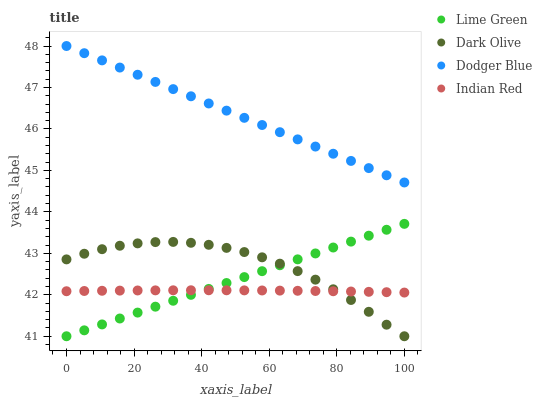
| xaxis_label | Lime Green | Dark Olive | Dodger Blue | Indian Red |
 | --- | --- | --- | --- | --- |
 | 0 | 41 | 42.9 | 48 | 42.1 |
 | 5.26 | 41.1 | 43 | 47.8 | 42.1 |
 | 10.5 | 41.3 | 43.1 | 47.7 | 42.1 |
 | 15.8 | 41.4 | 43.2 | 47.5 | 42.1 |
 | 21.1 | 41.6 | 43.2 | 47.3 | 42.1 |
 | 26.3 | 41.7 | 43.3 | 47.1 | 42.1 |
 | 31.6 | 41.9 | 43.3 | 47 | 42.1 |
 | 36.8 | 42 | 43.3 | 46.8 | 42.1 |
 | 42.1 | 42.1 | 43.2 | 46.6 | 42.1 |
 | 47.4 | 42.3 | 43.1 | 46.4 | 42.1 |
 | 52.6 | 42.4 | 43 | 46.3 | 42.1 |
 | 57.9 | 42.6 | 42.9 | 46.1 | 42.1 |
 | 63.2 | 42.7 | 42.8 | 45.9 | 42.1 |
 | 68.4 | 42.9 | 42.6 | 45.7 | 42.1 |
 | 73.7 | 43 | 42.4 | 45.6 | 42.1 |
 | 78.9 | 43.1 | 42.1 | 45.4 | 42.1 |
 | 84.2 | 43.3 | 41.9 | 45.2 | 42.1 |
 | 89.5 | 43.4 | 41.6 | 45.1 | 42.1 |
 | 94.7 | 43.6 | 41.3 | 44.9 | 42.1 |
 | 100 | 43.7 | 41 | 44.7 | 42.1 |